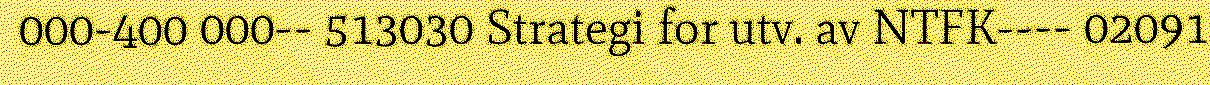
000-400 000-- 513030 Strategi for utv. av NTFK---- 02091